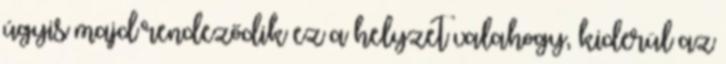
úgyis majd rendeződik ez a helyzet valahogy, kiderül az